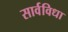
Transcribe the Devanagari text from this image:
सार्वविधा